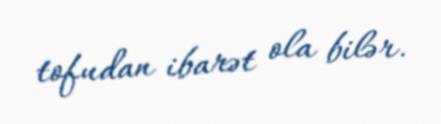
tofudan ibarət ola bilər.